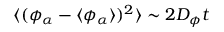
\langle ( \phi _ { \alpha } - \langle \phi _ { \alpha } \rangle ) ^ { 2 } \rangle \sim 2 D _ { \phi } t